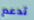
تدعم